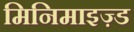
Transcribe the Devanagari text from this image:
मिनिमाइज़्ड